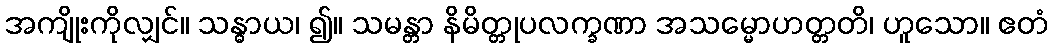
အကျိုးကိုလျှင်။ သန္ဓာယ၊ ၍။ သမန္တာ နိမိတ္တုပလက္ခဏာ အသမ္မောဟတ္တတိ၊ ဟူသော။ ဧတံ